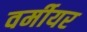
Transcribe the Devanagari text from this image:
वर्मीयर